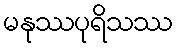
မနုဿပုရိသဿ